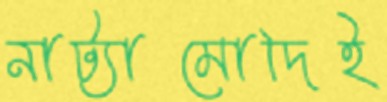
নাট্যামোদিই